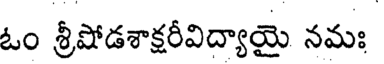
ఓం శ్రీషోడశాక్షరీవిద్యాయై నమః